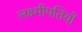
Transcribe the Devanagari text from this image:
लक्ष्मीपतियों